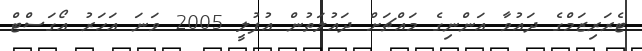
ޓެރަރިޒަމްގެ ދައުވާ އަންނިގެ މައްޗަށް ދައުލަތުން އުފުލީ 2005 ވަނަ އަހަރު އޯގަސްޓް